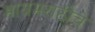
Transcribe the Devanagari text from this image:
मायमराठीचे